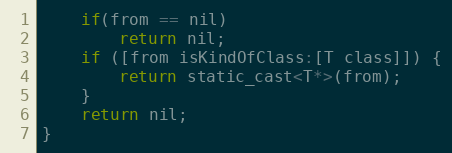
Language: C
    if(from == nil)
        return nil;
    if ([from isKindOfClass:[T class]]) {
        return static_cast<T*>(from);
    }
    return nil;
}